Leaving Certificate Examination, 1913
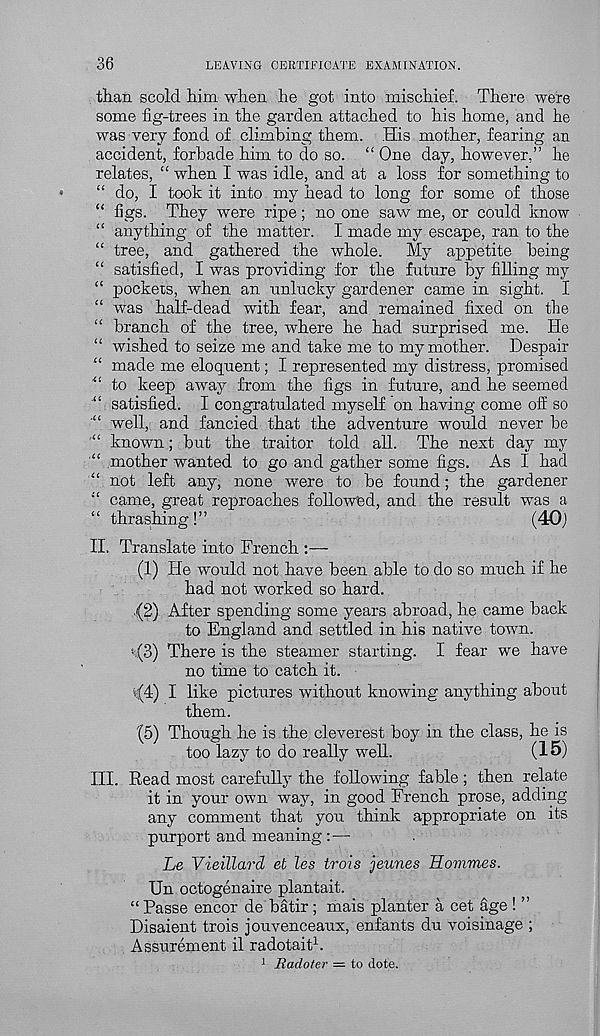
36
LEAVING CERTIFICATE EXAMINATION.
than scold him when he got into mischief. There were
some fig-trees in the garden attached to his home, and he
was very fond of climbing them. His mother, fearing an
accident, forbade him to do so. “ One day, however,” he
relates, “ when I was idle, and at a loss for something to
“ do, I took it into my head to long for some of those
“ figs. They were ripe; no one saw me, or could know
“ anything of the matter. I made my escape, ran to the
“ tree, and gathered the whole.
My appetite being
“ satisfied, I was providing for the future by filling my
“ pockets, when an unlucky gardener came in sight. I
“ was half-dead with fear, and remained fixed on the
“ branch of the tree, where he had surprised me. He
“ wished to seize me and take me to my mother. Despair
“ made me eloquent; I represented my distress, promised
to keep away from the figs in future, and he seemed
“ satisfied. I congratulated myself on having come off so
well, and fancied that the adventure would never be
“ known; but the traitor told all. The next day my
“ mother wanted to go and gather some figs. As I had
not left any, none were to be found; the gardener
“ came, great reproaches followed, and the result was a
“ thrashing!”
(40)
II, Translate into French
(1) He would not have been able to do so much if he
had not worked so hard.
,{2) After spending some years abroad, he came back
to England and settled in his native town.
• (3) There is the steamer starting. I fear we have
no time to catch it.
(s(4) I like pictures without knowing anything about
them.
(5) Though he is the cleverest boy in the class, he is
too lazy to do really well.
(15)
ITT Read most carefully the following fable ; then relate
it in your own way, in good French prose, adding
any comment that you think appropriate on its
purport and meaning:—
Le Vieillard et les trois jeunes Hommes.
Un octogenaire plantait.
“ Passe encor de batir; mais planter a cet age ! ”
Disaient trois jouvenceaux, enfants du voisinage ;
Assurement il radotait 1 .
1 Radoter = to dote.